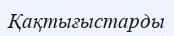
Қақтығыстарды